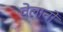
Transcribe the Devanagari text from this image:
वेलानो